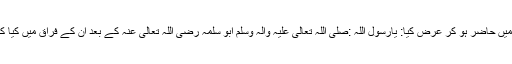
جب ابو سلمہ رضی اللہ تعالیٰ عنہ نے وصال فرمایا تو بارگاہِ رسالت میں حاضر ہو کر عرض کیا: یارسول اللہ :صلی اللہ تعالیٰ علیہ واٰلہ وسلم ابو سلمہ رضی اللہ تعالیٰ عنہ کے بعد ان کے فراق میں کیا کہوں حضور صلی اللہ تعالیٰ علیہ واٰلہ وسلم نے فرمایا: یہ کہو ”اے اللہ!